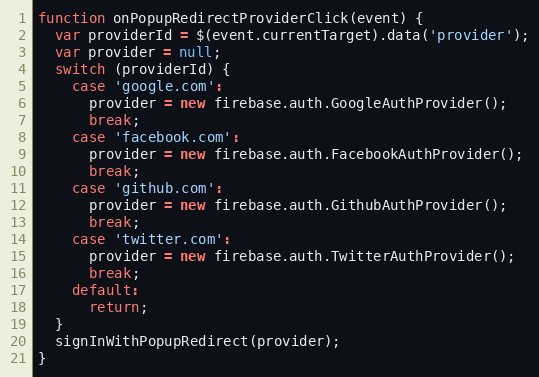
Language: JavaScript
function onPopupRedirectProviderClick(event) {
  var providerId = $(event.currentTarget).data('provider');
  var provider = null;
  switch (providerId) {
    case 'google.com':
      provider = new firebase.auth.GoogleAuthProvider();
      break;
    case 'facebook.com':
      provider = new firebase.auth.FacebookAuthProvider();
      break;
    case 'github.com':
      provider = new firebase.auth.GithubAuthProvider();
      break;
    case 'twitter.com':
      provider = new firebase.auth.TwitterAuthProvider();
      break;
    default:
      return;
  }
  signInWithPopupRedirect(provider);
}